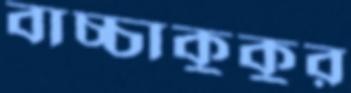
বাচ্চাকুকুর